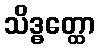
သိဒ္ဓတ္ထော